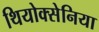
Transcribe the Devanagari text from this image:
थियोक्सेनिया